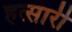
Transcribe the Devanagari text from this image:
हत्सारी